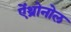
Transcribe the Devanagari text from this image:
ऐंथ्रोनोल